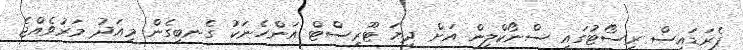
ޕެރަޑައިސް ރިސޯޓުގައި ސްނޯކްލިން އަށް ދިޔަ ޓޫރިސްޓް އަންހެނަކު ގެނބިގެން މިއަދު މަރުވެއްޖެ